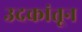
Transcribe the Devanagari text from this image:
उदकांतून